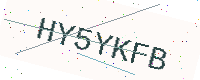
Text: HY5YKFB